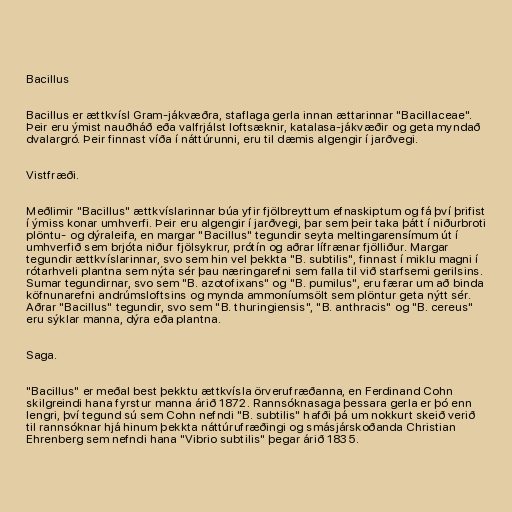
Bacillus

Bacillus er ættkvísl Gram-jákvæðra, staflaga gerla innan ættarinnar "Bacillaceae".
Þeir eru ýmist nauðháð eða valfrjálst loftsæknir, katalasa-jákvæðir og geta myndað
dvalargró. Þeir finnast víða í náttúrunni, eru til dæmis algengir í jarðvegi.

Vistfræði.

Meðlimir "Bacillus" ættkvíslarinnar búa yfir fjölbreyttum efnaskiptum og fá því þrifist
í ýmiss konar umhverfi. Þeir eru algengir í jarðvegi, þar sem þeir taka þátt í niðurbroti
plöntu- og dýraleifa, en margar "Bacillus" tegundir seyta meltingarensímum út í
umhverfið sem brjóta niður fjölsykrur, prótín og aðrar lífrænar fjölliður. Margar
tegundir ættkvíslarinnar, svo sem hin vel þekkta "B. subtilis", finnast í miklu magni í
rótarhveli plantna sem nýta sér þau næringarefni sem falla til við starfsemi gerilsins.
Sumar tegundirnar, svo sem "B. azotofixans" og "B. pumilus", eru færar um að binda
köfnunarefni andrúmsloftsins og mynda ammoníumsölt sem plöntur geta nýtt sér.
Aðrar "Bacillus" tegundir, svo sem "B. thuringiensis", "B. anthracis" og "B. cereus"
eru sýklar manna, dýra eða plantna.

Saga.

"Bacillus" er meðal best þekktu ættkvísla örverufræðanna, en Ferdinand Cohn
skilgreindi hana fyrstur manna árið 1872. Rannsóknasaga þessara gerla er þó enn
lengri, því tegund sú sem Cohn nefndi "B. subtilis" hafði þá um nokkurt skeið verið
til rannsóknar hjá hinum þekkta náttúrufræðingi og smásjárskoðanda Christian
Ehrenberg sem nefndi hana "Vibrio subtilis" þegar árið 1835.